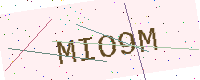
Text: MIO9M